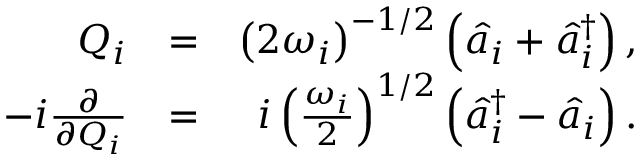
\begin{array} { r l r } { Q _ { i } } & { = } & { \left( 2 \omega _ { i } \right) ^ { - 1 / 2 } \left( \hat { a } _ { i } + \hat { a } _ { i } ^ { \dagger } \right) , } \\ { - i \frac { \partial } { \partial Q _ { i } } } & { = } & { i \left( \frac { \omega _ { i } } { 2 } \right) ^ { 1 / 2 } \left( \hat { a } _ { i } ^ { \dagger } - \hat { a } _ { i } \right) . } \end{array}